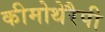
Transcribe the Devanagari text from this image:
कीमोथेरैपी